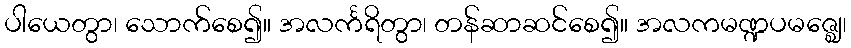
ပါယေတွာ၊ သောက်စေ၍။ အလင်္ကရိတွာ၊ တန်ဆာဆင်စေ၍။ အလကမဏ္ဍပမဇ္ဈေ၊